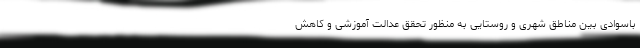
باسوادی بین مناطق شهری و روستایی به منظور تحقق عدالت آموزشی و کاهش